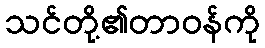
သင်တို့၏တာဝန်ကို